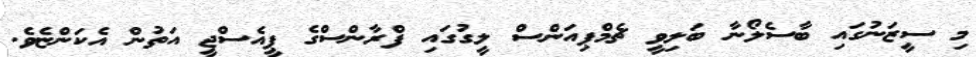
މި ސީޒަނުގައި ބާސެލޯނާ ބަލިވީ ޗެމްޕިއަންސް ލީގުގައި ފްރާންސްގެ ޕީއެސްޖީ އަތުން އެކަންޏެވެ.